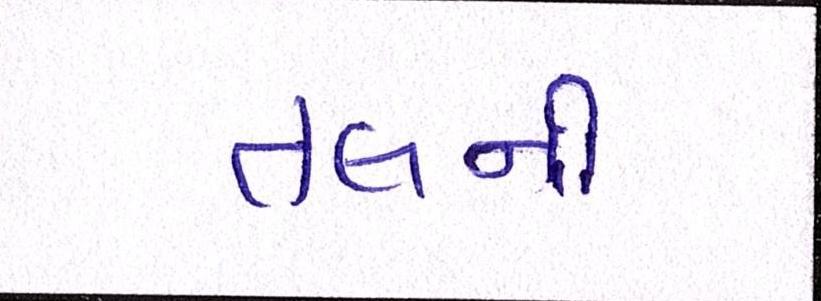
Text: તલની